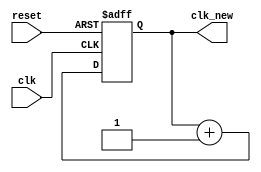
`timescale 1ns / 1ps
//////////////////////////////////////////////////////////////////////////////////
// Company: 
// Engineer: 
// 
// Design Name: 
// Module Name:    Counter 
// Project Name: 
// Target Devices: 
// Tool versions: 
// Description: 
//
// Dependencies: 
//
// Revision: 
// Revision 0.01 - File Created
// Additional Comments: 
//
//////////////////////////////////////////////////////////////////////////////////
module Counter(
	input clk,
	input reset,
	output reg [31:0] clk_new
    );
	 
	 always @(posedge clk or posedge reset)
		begin
			if(reset)
				begin
					clk_new <= 32'b0;
				end
			else
				begin
					clk_new <= clk_new + 1;
				end
		end


endmodule